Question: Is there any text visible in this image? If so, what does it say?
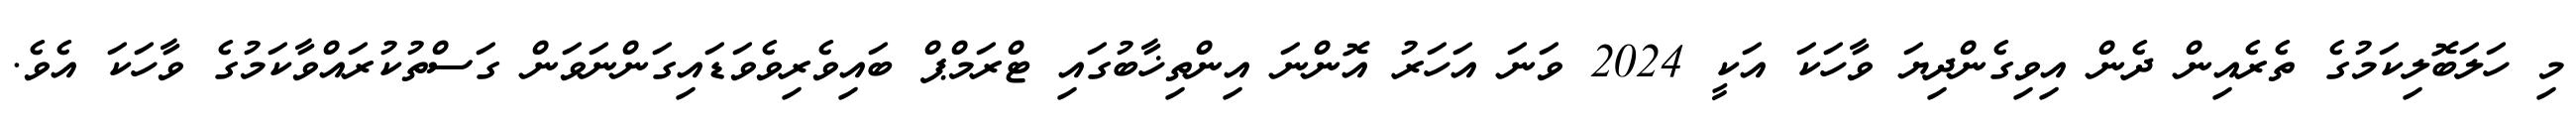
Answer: މި ހަލަބޮލިކަމުގެ ތެރެއިން ދެން އިވިގެންދިޔަ ވާހަކަ އަކީ 2024 ވަނަ އަހަރު އޮންނަ އިންތިޚާބުގައި ޓްރަމްޕް ބައިވެރިވެވަޑައިގަންނަވަން ގަސްތުކުރައްވާކަމުގެ ވާހަކަ އެވެ.